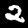
Label: 2